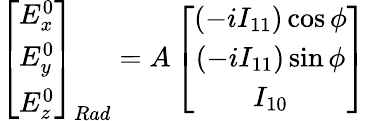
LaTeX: \left[\begin{array}{c}{E_{x}^{0}}\\ {E_{y}^{0}}\\ {E_{z}^{0}}\end{array}\right]_{Rad}=A\left[\begin{array}{c}{\left(-iI_{11}\right)\cos\phi}\\ {\left(-iI_{11}\right)\sin\phi}\\ {I_{10}}\end{array}\right]